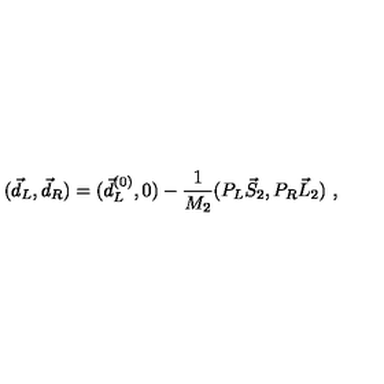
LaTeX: ( \vec { d } _ { L } , \vec { d } _ { R } ) = ( \vec { d } _ { L } ^ { ( 0 ) } , 0 ) - { \frac { 1 } { M _ { 2 } } } ( P _ { L } \vec { S } _ { 2 } , P _ { R } \vec { L } _ { 2 } ) \ ,